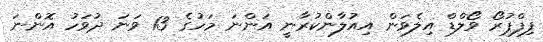
ފިފްޕުރޯ ވޯލްޑް އިލެވަން އިއުލާންކުރާނީ އަންނަ މަހުގެ 13 ވަނަ ދުވަހު އޮންނަ